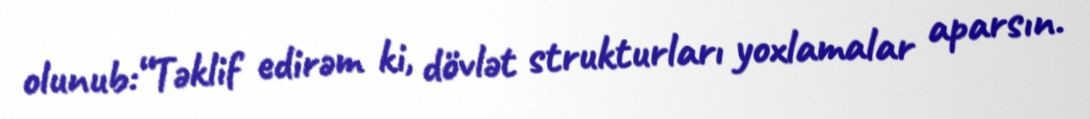
olunub:“Təklif edirəm ki, dövlət strukturları yoxlamalar aparsın.